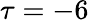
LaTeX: \tau=-6